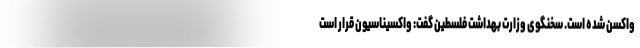
واکسن شده است. سخنگوی وزارت بهداشت فلسطین گفت: واکسیناسیون قرار است